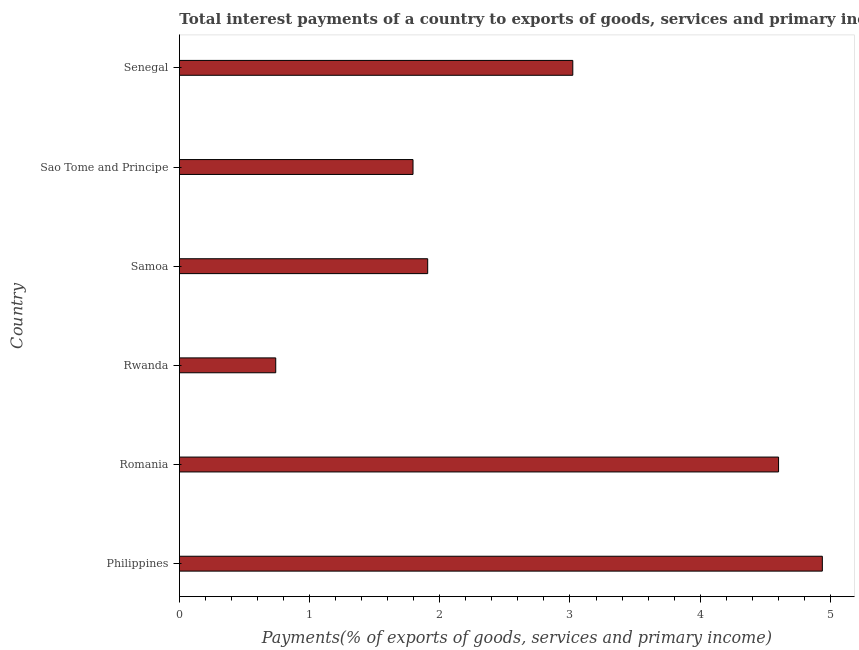
| Country | Interest payments on external debt |
 | --- | --- |
 | Philippines | 4.94 |
 | Romania | 4.6 |
 | Rwanda | 0.74 |
 | Samoa | 1.91 |
 | Sao Tome and Principe | 1.79 |
 | Senegal | 3.02 |